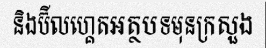
និងប៊ីលហ្គេតអត្ថបទមុនក្រសួង